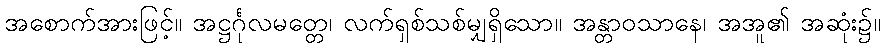
အစောက်အားဖြင့်။ အဋ္ဌင်္ဂုလမတ္တေ၊ လက်ရှစ်သစ်မျှရှိသော။ အန္တာဝသာနေ၊ အအူ၏ အဆုံး၌။